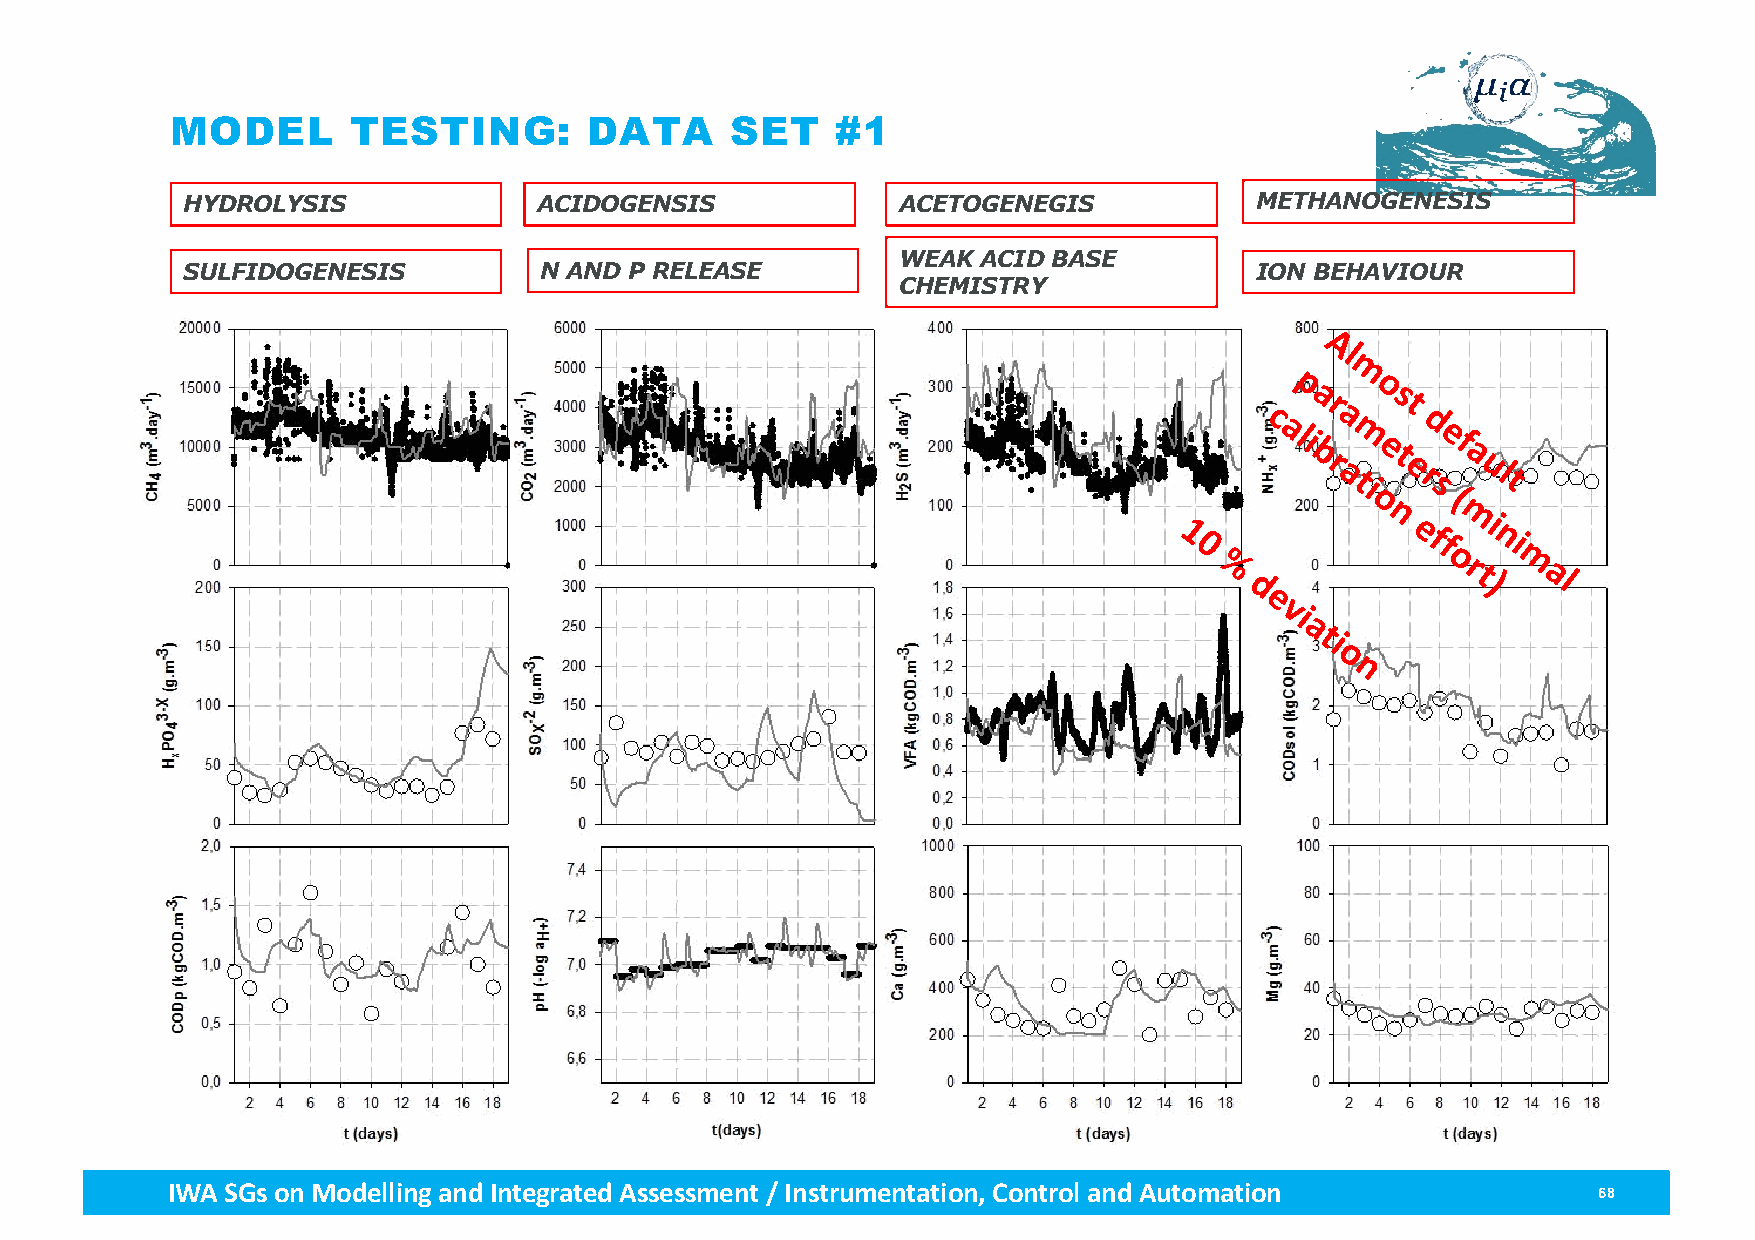
MODEL       TESTING:        DATA     SET    #1
 HYDROLYSIS              ACIDOGENSIS            ACETOGENEGIS            METHANOGENESIS
 WEAK  ACID BASE
 SULFIDOGENESIS          N AND P RELEASE                                ION BEHAVIOUR
 CHEMISTRY
 Al
 m
 p     o
 a     s
 r    t
 c    a     d
 ali bm e t e f a
 r
 a ti
 e
 r s
 ul
 t
 o     (
 n    mi
 1
 0
 e f
 f
 ni
 %
 d
 o r t )m al
 e
 vi
 a
 ti
 o
 n
 IWA SGs on Modellingand Integrated Assessment / Instrumentation, Control and Automation        68